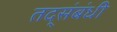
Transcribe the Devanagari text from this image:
तद्संबंधी